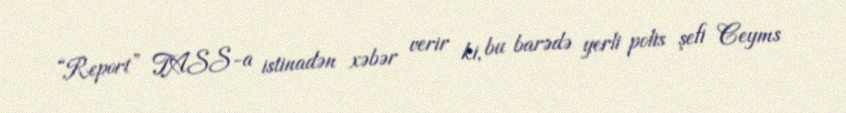
“Report” TASS-a istinadən xəbər verir ki, bu barədə yerli polis şefi Ceyms